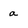
Character: a